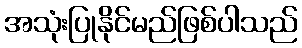
အသုံးပြုနိုင်မည်ဖြစ်ပါသည်